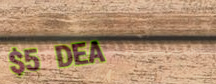
$5 DEAL